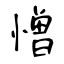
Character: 憎